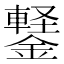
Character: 𬬆